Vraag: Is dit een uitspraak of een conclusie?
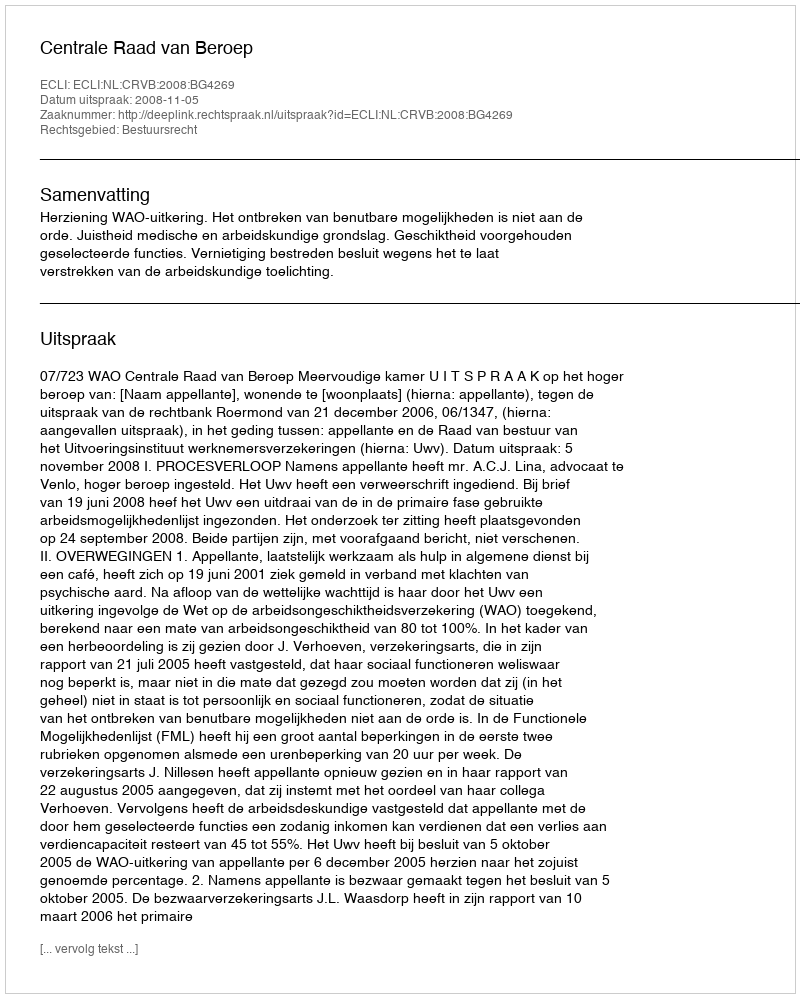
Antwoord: Uitspraak